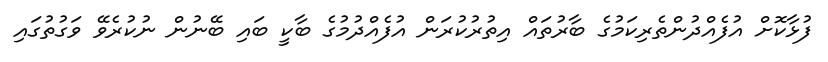
ފުޅާކޮށް އުފެއްދުންތެރިކަމުގެ ބާރުތައް އިތުރުކުރަން އުފެއްދުމުގެ ބާކީ ބައި ބޭނުން ނުކުރެވޭ ވަގުތުގައި